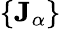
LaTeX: \{ \mathbf{J}_{\alpha}\}